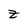
Character: z